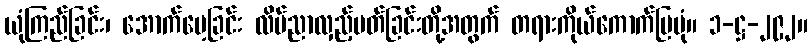
ယုံကြည်ခြင်း၊ အောက်မေ့ခြင်း လိမ်ညာလှည့်ပတ်ခြင်းတို့အတွက် တရားကိုယ်ကောက်ပြပုံ။ ၁-ဋ္ဌ-၂၉၂။